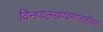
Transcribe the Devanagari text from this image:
विन्ध्यलखण्डमण्लाहीश्वर